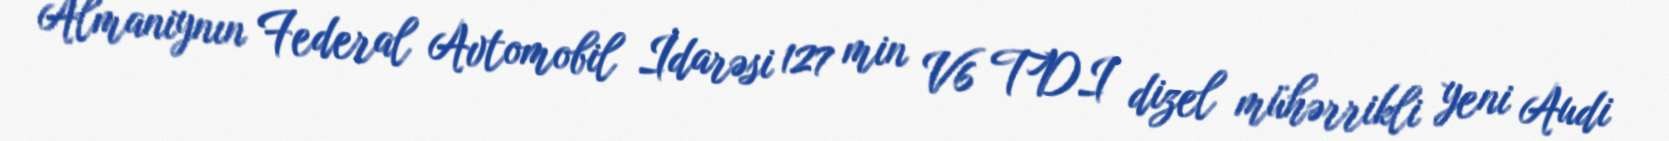
Almaniynın Federal Avtomobil İdarəsi 127 min V6 TDI dizel mühərrikli yeni Audi